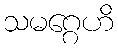
သမဂ္ဂေဟိ